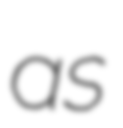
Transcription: as